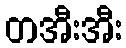
တအီးအီး